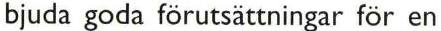
bjuda goda förutsättningar för en